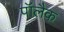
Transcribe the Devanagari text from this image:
पॉलैक